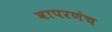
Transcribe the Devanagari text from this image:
वापरणंच